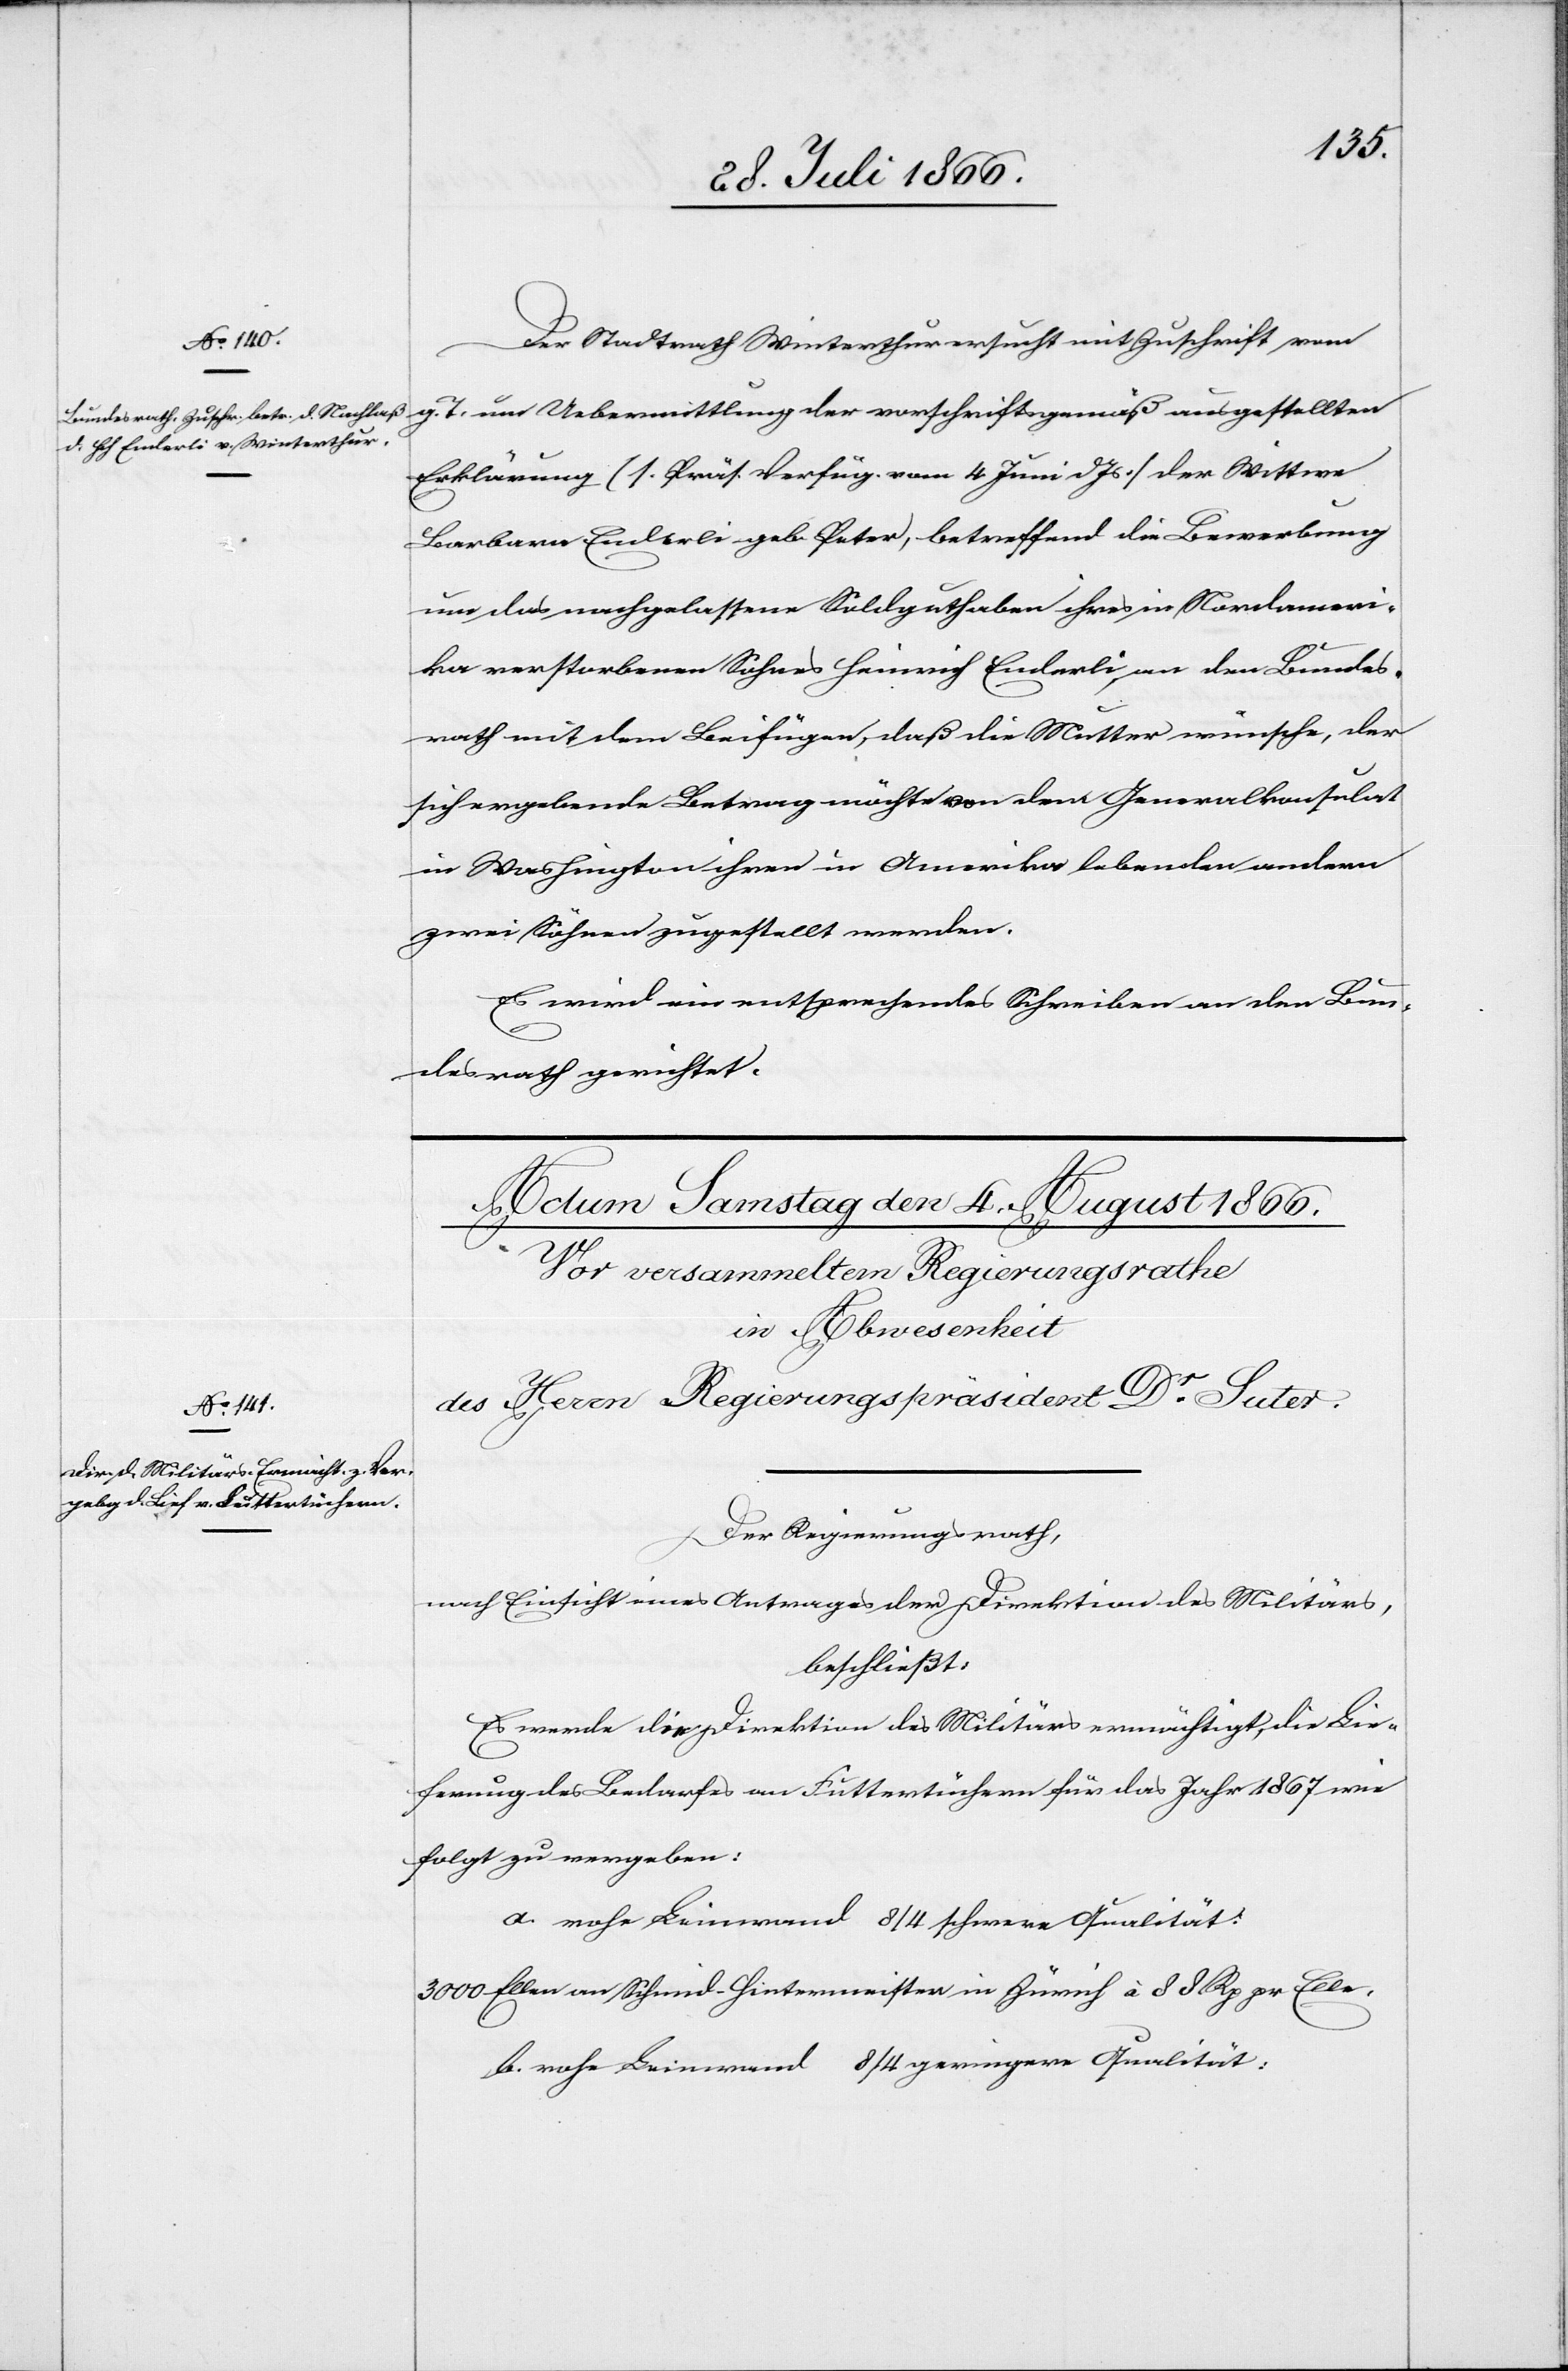
3.
Der Stadtrath Winterthur ersucht mit Zuschrift vom
g. T. um Uebermittlung der vorschriftsgemäß ausgestellten
Erklärung (1. Präs. Verfüg. vom 4. Juni d Js.] der Wittwe
Barbara Enderli geb. Peter, betreffend die Bewerbung
um das nachgelassene Soldguthaben ihres in Nordameri¬
ka verstorbenen Sohnes Heinrich Enderli an den Bundes¬
rath mit dem Beifügen, daß die Mutter wünsche, der
sich ergebende Betrag möchte von dem Generalkonsulat
in Washington ihren in Amerika lebenden andern
zwei Söhnen zugestellt werden.
Es wird ein entsprechendes Schreiben an den Bun¬
desrath gerichtet.
Der Regierungsrath,
nach Einsicht eines Antrages der Direktion des Militärs,
beschließt:
Es werde die Direktion des Militärs ermächtigt, die Lie¬
ferung des Bedarfes an Futtertüchern für das Jahr 1867 wie
folgt zu vergeben:
a. rohe Leinwand 8/4 schwere Qualität:
Ellen an Schmid-Hintermeister in Zürich à 88 Rp pr. Elle.
b. rohe Leinwand 8/4 geringere Qualität: